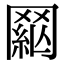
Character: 𦋟